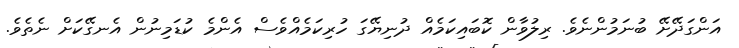
އަންގަދޭށޭ ބުނަމުންނެވެ. ރިލުވާން ކޮބައިކަމެއް ދުނިޔޭގަ ހުރިކަމެއްވެސް އެންމެ ކުޑަމިނުން އެނގޭކަށް ނެތެވެ.